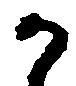
か